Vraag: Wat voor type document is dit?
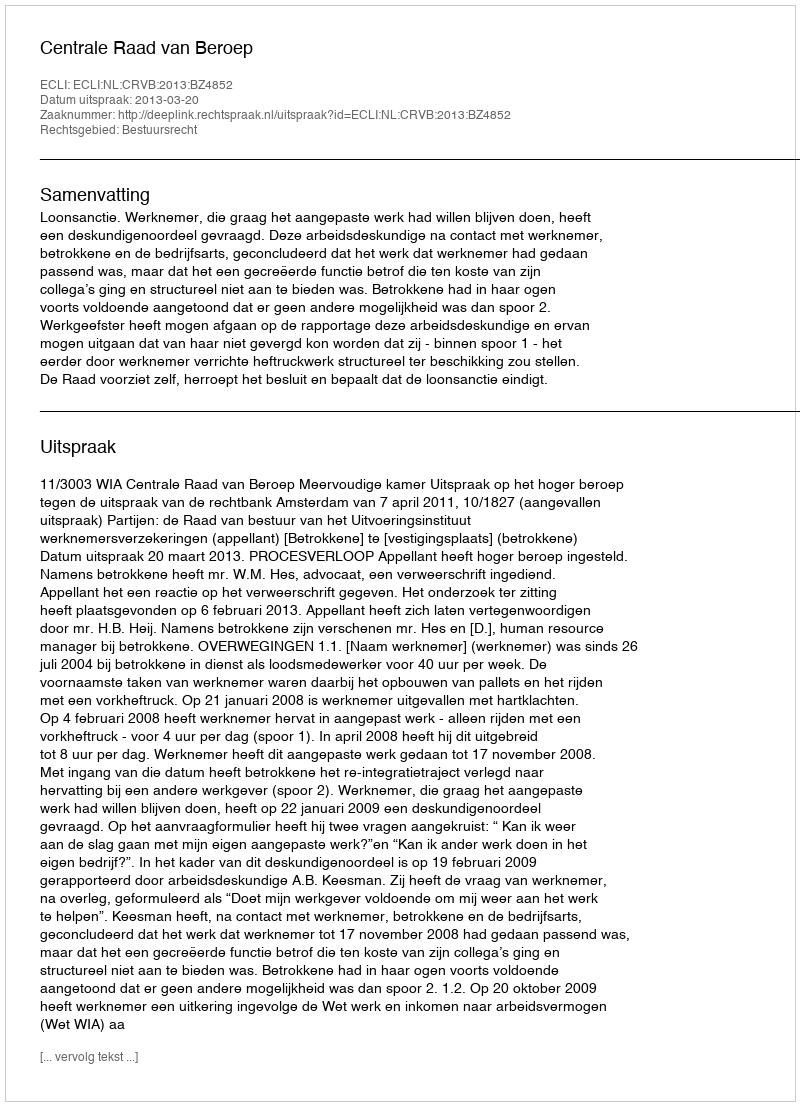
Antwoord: Uitspraak